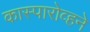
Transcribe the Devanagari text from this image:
कास्पारोव्हने